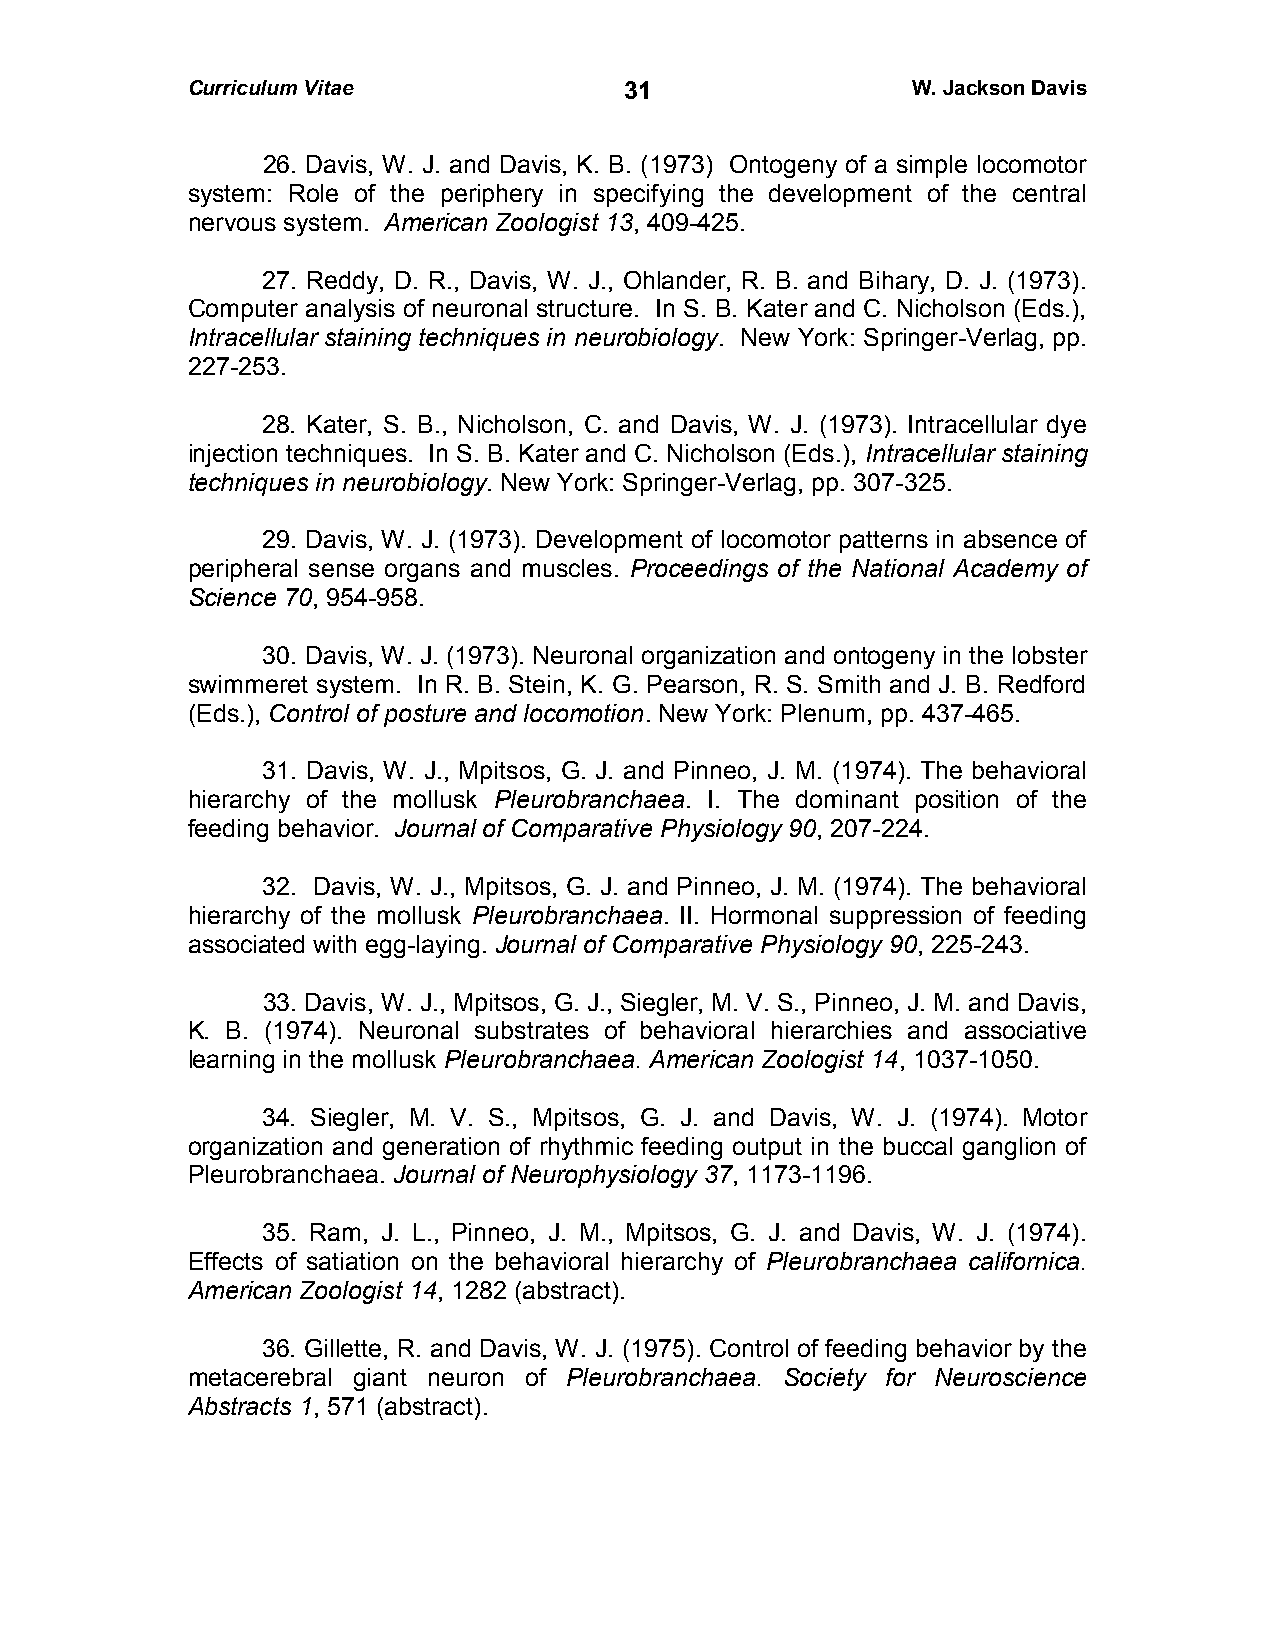
Curriculum Vitae             3 1                W. Jackson Davis
 26. Davis, W. J. and Davis, K. B. (1973) Ontogeny of a simple locomotor
 system: Role of the periphery in specifying the development of the central
 nervous system. American Zoologist 13, 409-425.
 27. Reddy, D. R., Davis, W. J., Ohlander, R. B. and Bihary, D. J. (1973).
 Computer analysis of neuronal structure. In S. B. Kater and C. Nicholson (Eds.),
 Intracellular staining techniques in neurobiology. New York: Springer-Verlag, pp.
 227-253.
 28. Kater, S. B., Nicholson, C. and Davis, W. J. (1973). Intracellular dye
 injection techniques. In S. B. Kater and C. Nicholson (Eds.), Intracellular staining
 techniques in neurobiology. New York: Springer-Verlag, pp. 307-325.
 29. Davis, W. J. (1973). Development of locomotor patterns in absence of
 peripheral sense organs and muscles. Proceedings of the National Academy of
 Science 70, 954-958.
 30. Davis, W. J. (1973). Neuronal organization and ontogeny in the lobster
 swimmeret system. In R. B. Stein, K. G. Pearson, R. S. Smith and J. B. Redford
 (Eds.), Control of posture and locomotion. New York: Plenum, pp. 437-465.
 31. Davis, W. J., Mpitsos, G. J. and Pinneo, J. M. (1974). The behavioral
 hierarchy of the mollusk Pleurobranchaea. I. The dominant position of the
 feeding behavior. Journal of Comparative Physiology 90, 207-224.
 32. Davis, W. J., Mpitsos, G. J. and Pinneo, J. M. (1974). The behavioral
 hierarchy of the mollusk Pleurobranchaea. II. Hormonal suppression of feeding
 associated with egg-laying. Journal of Comparative Physiology 90, 225-243.
 33. Davis, W. J., Mpitsos, G. J., Siegler, M. V. S., Pinneo, J. M. and Davis,
 K. B. (1974). Neuronal substrates of behavioral hierarchies and associative
 learning in the mollusk Pleurobranchaea. American Zoologist 14, 1037-1050.
 34. Siegler, M. V. S., Mpitsos, G. J. and Davis, W. J. (1974). Motor
 organization and generation of rhythmic feeding output in the buccal ganglion of
 Pleurobranchaea. Journal of Neurophysiology 37, 1173-1196.
 35. Ram, J. L., Pinneo, J. M., Mpitsos, G. J. and Davis, W. J. (1974).
 Effects of satiation on the behavioral hierarchy of Pleurobranchaea californica.
 American Zoologist 14, 1282 (abstract).
 36. Gillette, R. and Davis, W. J. (1975). Control of feeding behavior by the
 metacerebral giant neuron of Pleurobranchaea. Society for Neuroscience
 Abstracts 1, 571 (abstract).